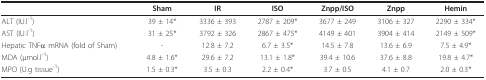
|  | Sham | IR | ISO | Znpp/ISO | Znpp | Hemin |
 | --- | --- | --- | --- | --- | --- | --- |
 | ALT (IU.l-1) | 39 ± 14* | 3336 ± 393 | 2787 ± 209* | 3677 ± 249 | 3106 ± 327 | 2290 ± 334* |
 | AST (IU.l-1) | 31 ± 25* | 3792 ± 326 | 2867 ± 475* | 4149 ± 401 | 3904 ± 414 | 2149 ± 509* |
 | Hepatic TNFα mRNA (fold of Sham) | - | 12.8 ± 7.2 | 6.7 ± 3.5* | 14.5 ± 7.8 | 13.6 ± 6.9 | 7.5 ± 4.9* |
 | MDA (μmol.l-1) | 4.8 ± 1.6* | 29.6 ± 7.2 | 13.1 ± 1.8* | 39.4 ± 10.6 | 37.6 ± 8.8 | 19.8 ± 4.7* |
 | MPO (U.g tissue-1) | 1.5 ± 0.3* | 3.5 ± 0.3 | 2.2 ± 0.4* | 3.7 ± 0.5 | 4.1 ± 0.7 | 2.0 ± 0.3* |